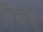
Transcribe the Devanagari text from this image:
रिकोचा